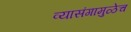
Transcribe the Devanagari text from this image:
व्यासंगामुळेच